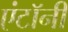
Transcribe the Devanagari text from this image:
एंटॉनी